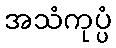
အသံကုပ္ပံ